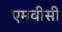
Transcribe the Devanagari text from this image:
एमवीसी